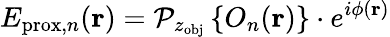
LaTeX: E_{\mathrm{prox},n}(\mathbf{r})=\mathcal{P}_{z_{\mathrm{obj}}}\left\{ O_{n}(\mathbf{r})\right\} \cdot e^{i\phi(\mathbf{r})}